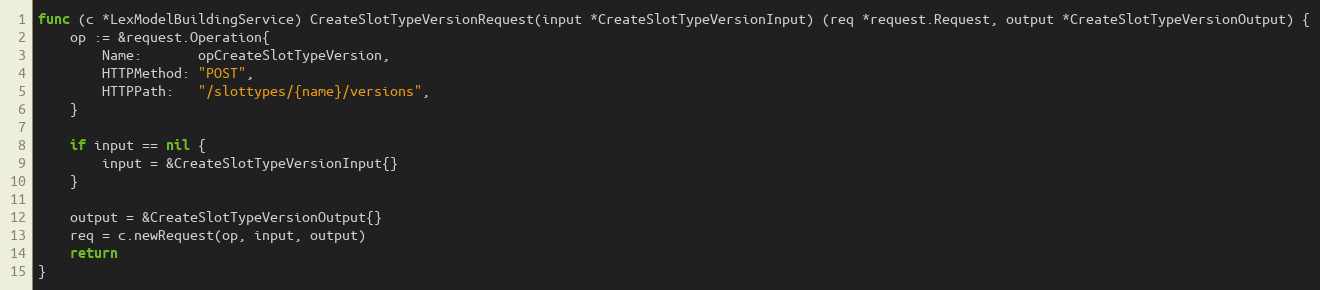
Language: Go
func (c *LexModelBuildingService) CreateSlotTypeVersionRequest(input *CreateSlotTypeVersionInput) (req *request.Request, output *CreateSlotTypeVersionOutput) {
	op := &request.Operation{
		Name:       opCreateSlotTypeVersion,
		HTTPMethod: "POST",
		HTTPPath:   "/slottypes/{name}/versions",
	}

	if input == nil {
		input = &CreateSlotTypeVersionInput{}
	}

	output = &CreateSlotTypeVersionOutput{}
	req = c.newRequest(op, input, output)
	return
}